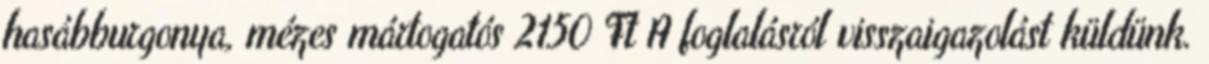
hasábburgonya, mézes mártogatós 2150 Ft A foglalásról visszaigazolást küldünk.